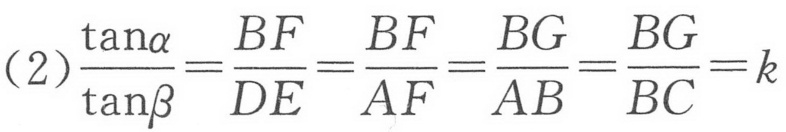
\((2)\frac{\tan\alpha}{\tan\beta}=\frac{BF}{DE}=\frac{BF}{AF}=\frac{BG}{AB}=\frac{BG}{BC}=k\)